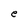
Character: e